Scottish Leaving Certificate Examination, 1957
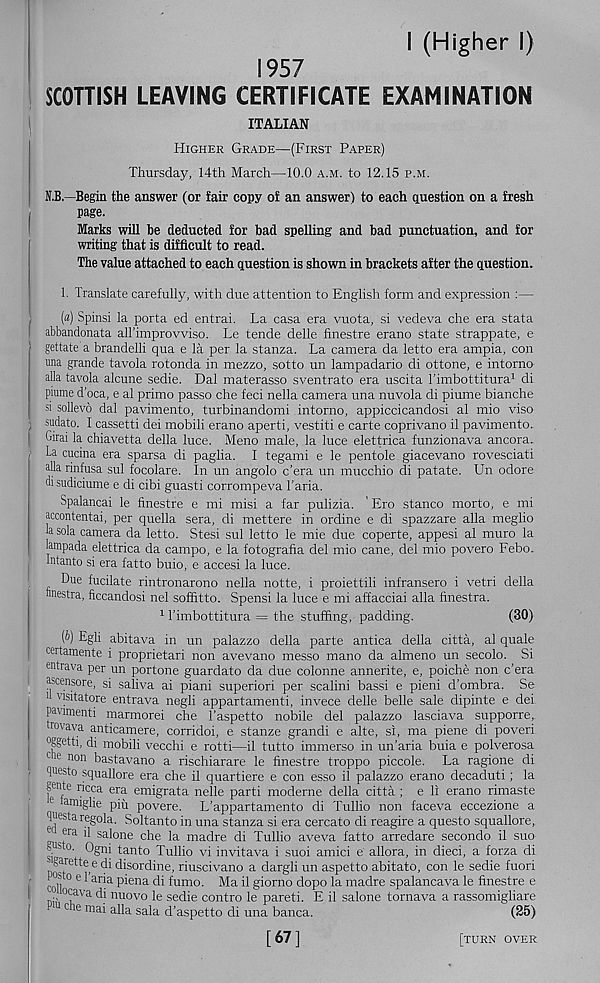
I (Higher I)
1957
SCOTTISH LEAVING CERTIFICATE EXAMINATION
ITALIAN
Higher Grade—(First Paper)
Thursday, 14th March—10.0 a.m. to 12.15 p.m.
N.B.—Begin the answer (or fair copy of an answer) to each question on a fresh
page.
Marks will toe deducted for toad spelling and bad punctuation, and for
writing that is difficult to read.
The value attached to each question is shown in brackets after the question.
1. Translate carefully, with due attention to English form and expression :—
(a) Spinsi la porta ed entrai. La casa era vuota, si vedeva che era stata
abbandonata alTimprovviso. Le tende delle finestre erano state strappate, e
gettate a brandelli qua e la per la stanza. La camera da letto era ampia, con
una grande tavola rotonda in mezzo, sotto un lampadario di ottone, e intorno
alia tavola alcune sedie. Dal materasso sventrato era uscita Timbottitura 1 di
piume d’oca, e al prime passo che feci nella camera una nuvola di piume bianche
si sollevo dal pavimento, turbinandomi intorno, appiccicandosi al mio viso
) sudato. I cassetti dei mobili erano aperti, vestiti e carte coprivano il pavimento.
Wrai la chiavetta della luce. Meno male, la luce elettrica funzionava ancora.
La cucina era sparsa di paglia. I tegami e le pentole giacevano rovesciati
alia rinfusa sul focolare. In un angolo e’era un mucchio di patate. Un odore
disudiciume e di cibi guasti corrompeva Faria.
Spalancai le finestre e mi misi a far pulizia. ' Ero stance morto, e mi
accontentai, per quella sera, di mettere in ordine e di spazzare alia meglio
la sola camera da letto. Stesi sul letto le mie due coperte, appesi al muro la
lampada elettrica da campo, e la fotografia del mio cane, del mio povero Febo.
Intanto si era fatto buio, e accesi la luce.
Due fucilate rintronarono nella notte, i proiettili infransero i vetri della
nnestra, ficcandosi nel soffitto. Spensi la luce e mi affacciai alia finestra.
1 Fimbottitura = the stuffing, padding.
(30)
(b) Egli abitava in un palazzo della parte antica della citta, al quale
certamente i proprietari non avevano messo mano da almeno un secolo. Si
entrava per un portone guardato da due colonne annerite, e, poiche non e’era
ascensore, si saliva ai piani superiori per scalini bassi e pieni d’ombra. Se
1 usitatore entrava negli appartamenti, invece delle belle sale dipinte e dei
pavimenti marmorei che Faspetto nobile del palazzo lasciava supporre,
rovava anticamere, corridoi, e stanze grand! e alte, si, ma piene di poveri
0 ggetti, di mobili vecchi e rotti—il tutto immerso in un’aria buia e polverosa
Cle non bastavano a rischiarare le finestre troppo piccole. La ragione di
T'esto squallore era che il quartiere e con esso il palazzo erano decaduti; la
grote ricca era emigrata nelle parti moderne della citta ; e li erano rimaste
1 amiglie pm povere. L’appartamento di Tullio non faceva eccezione a
puestaregola. Soltanto in una stanza si era cercato di reagire a questo squallore,
r, f f ra ^ sa ! on e che la madre di Tullio aveva fatto arredare secondo il suo
f °'
tanto Tullio vi invitava i suoi amici e allora, in dieci, a forza di
Dr' are^e > e ^ ^^s or( Line, riuscivano a dargli un aspetto abitato, con le sedie fuori
i cob ° 6 ^ aiaa P^e na ^ fumo. Ma il giorno dopo la madre spalancava le finestre e
■ . 0< f ava ^ nu°v o le sedie contro le pareti. E il salone tornava a rassomigliare
. u c le mai alia sala d’aspetto di una banca.
(25)
[67]
[turn over